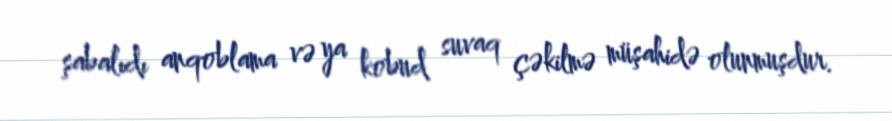
şabalıdı anqoblama və ya kobud suvaq çəkilmə müşahidə olunmuşdur.